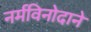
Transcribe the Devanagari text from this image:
नर्मविनोदाने